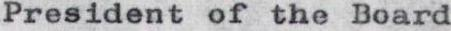
President of the Board